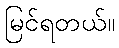
မြင်ရတယ်။